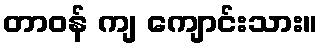
တာဝန် ကျ ကျောင်းသား။